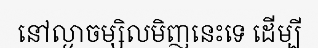
នៅល្ងាចម្សិលមិញនេះទេ ដើម្បី